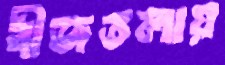
বীজতলায়